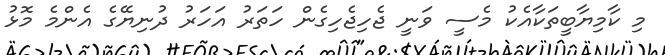
މި ކާމިޔާބީތަކާއެކު މެސީ ވަނީ ޖެހިޖެހިގެން ހަތަރު އަހަރު ދުނިޔޭގެ އެންމެ މޮޅު